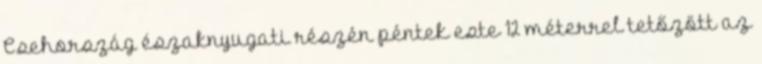
Csehország északnyugati részén péntek este 12 méterrel tetőzött az